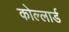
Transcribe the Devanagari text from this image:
कोल्लार्ड